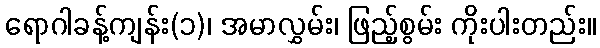
ရောဂါခန့်ကျန်း(၁)၊ အမာလွှမ်း၊ ဖြည့်စွမ်း ကိုးပါးတည်း။